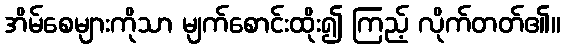
အိမ်စေများကိုသာ မျက်စောင်းထိုး၍ ကြည့် လိုက်တတ်၏။